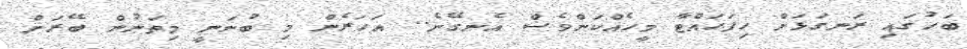
ބަހުގައި ރަނގަޅަށް ހިފަހައްޓާ މީހެއްކަންވެސް އެނގޭނެ.. އަހަރެން މި ބުނަނީ މިތަނުން ބޭރަށް